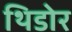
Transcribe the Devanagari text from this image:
थिडोर